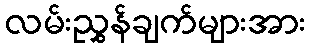
လမ်းညွှန်ချက်များအား